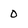
Character: 0